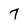
Character: 7